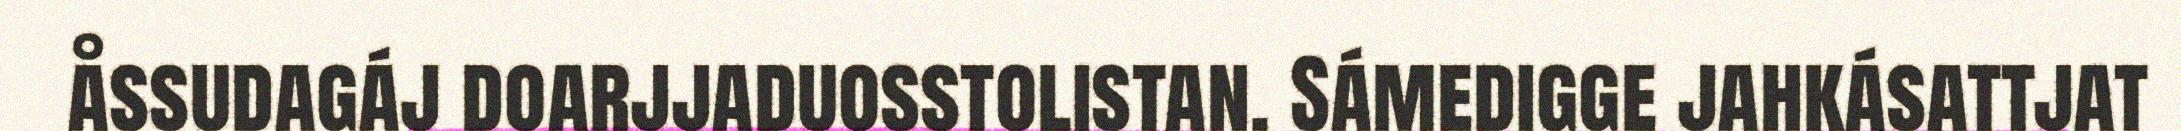
åssudagáj doarjjaduosstolistan. Sámedigge jahkásattjat